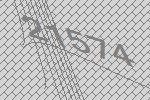
21574